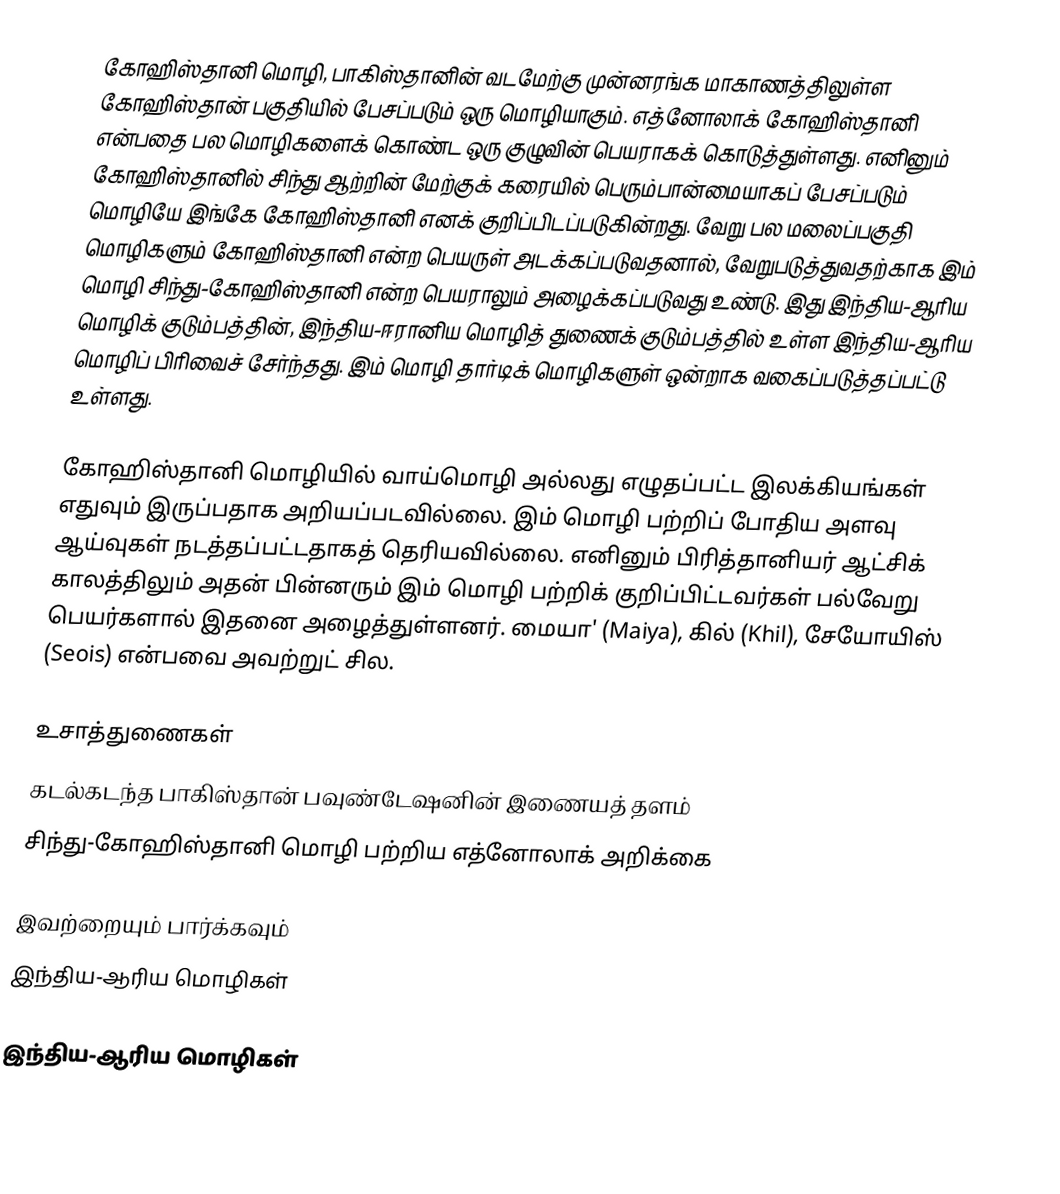
கோஹிஸ்தானி மொழி, பாகிஸ்தானின் வடமேற்கு முன்னரங்க மாகாணத்திலுள்ள கோஹிஸ்தான் பகுதியில் பேசப்படும் ஒரு மொழியாகும். எத்னோலாக் கோஹிஸ்தானி என்பதை பல மொழிகளைக் கொண்ட ஒரு குழுவின் பெயராகக் கொடுத்துள்ளது. எனினும் கோஹிஸ்தானில் சிந்து ஆற்றின் மேற்குக் கரையில் பெரும்பான்மையாகப் பேசப்படும் மொழியே இங்கே கோஹிஸ்தானி எனக் குறிப்பிடப்படுகின்றது. வேறு பல மலைப்பகுதி மொழிகளும் கோஹிஸ்தானி என்ற பெயருள் அடக்கப்படுவதனால், வேறுபடுத்துவதற்காக இம் மொழி சிந்து-கோஹிஸ்தானி என்ற பெயராலும் அழைக்கப்படுவது உண்டு. இது இந்திய-ஆரிய மொழிக் குடும்பத்தின், இந்திய-ஈரானிய மொழித் துணைக் குடும்பத்தில் உள்ள இந்திய-ஆரிய மொழிப் பிரிவைச் சேர்ந்தது. இம் மொழி தார்டிக் மொழிகளுள் ஒன்றாக வகைப்படுத்தப்பட்டு உள்ளது.

கோஹிஸ்தானி மொழியில் வாய்மொழி அல்லது எழுதப்பட்ட இலக்கியங்கள் எதுவும் இருப்பதாக அறியப்படவில்லை. இம் மொழி பற்றிப் போதிய அளவு ஆய்வுகள் நடத்தப்பட்டதாகத் தெரியவில்லை. எனினும் பிரித்தானியர் ஆட்சிக் காலத்திலும் அதன் பின்னரும் இம் மொழி பற்றிக் குறிப்பிட்டவர்கள் பல்வேறு பெயர்களால் இதனை அழைத்துள்ளனர். மையா' (Maiya), கில் (Khil), சேயோயிஸ் (Seois) என்பவை அவற்றுட் சில.

உசாத்துணைகள்
 கடல்கடந்த பாகிஸ்தான் பவுண்டேஷனின் இணையத் தளம்
 சிந்து-கோஹிஸ்தானி மொழி பற்றிய எத்னோலாக் அறிக்கை

இவற்றையும் பார்க்கவும்
 இந்திய-ஆரிய மொழிகள்

இந்திய-ஆரிய மொழிகள்